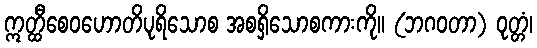
ဣတ္ထီစေဝဟောတိပုရိသောစ အစရှိသောစကားကို။ (ဘဂဝတာ) ဝုတ္တံ၊